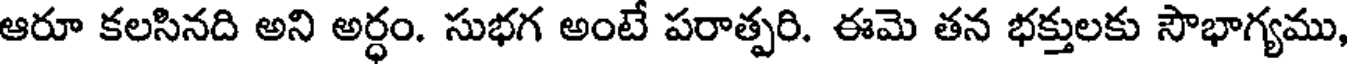
ఆరూ కలసినది అని అర్ధం. సుభగ అంటే పరాత్పరి. ఈమె తన భక్తులకు సౌభాగ్యము,